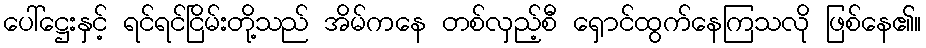
ပေါ်ဋ္ဌေးနှင့် ရင်ရင်ငြိမ်းတို့သည် အိမ်ကနေ တစ်လှည့်စီ ရှောင်ထွက်နေကြသလို ဖြစ်နေ၏။